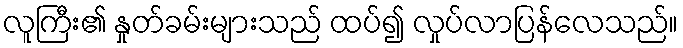
လူကြီး၏ နှုတ်ခမ်းများသည် ထပ်၍ လှုပ်လာပြန်လေသည်။